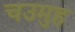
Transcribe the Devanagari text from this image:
चउमुह